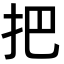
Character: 把